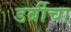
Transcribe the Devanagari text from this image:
डर्बीचा